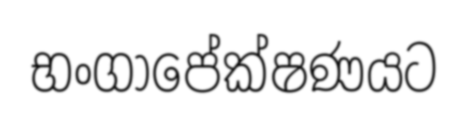
භංගාපේක්ෂණයට